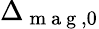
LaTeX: \Delta_{\mathrm{~m~a~g~},0}